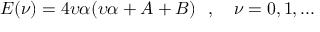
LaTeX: E ( \nu ) = 4 \upsilon \alpha ( \upsilon \alpha + A + B ) \ \ , \quad \nu = 0 , 1 , . . .